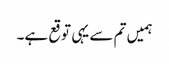
ہمیں تم سے یہی توقع ہے۔